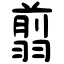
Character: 翦